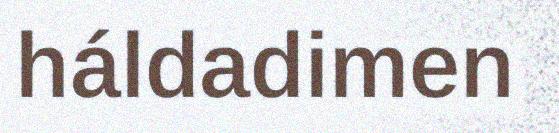
háldadimen